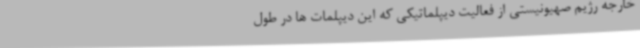
خارجه رژیم صهیونیستی از فعالیت دیپلماتیکی که این دیپلمات ها در طول